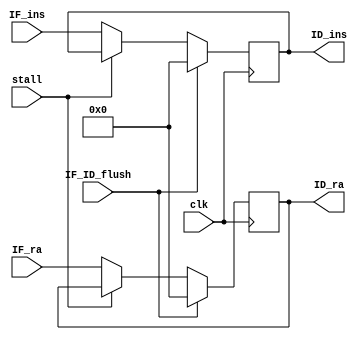
`ifndef MODULE_IF_ID
`define MODULE_IF_ID
`timescale 1ns / 1ps

module IF_ID (
    input               clk,
                        stall,
                        IF_ID_flush,
    input       [31:0]  IF_ra,
                        IF_ins,
    output reg  [31:0]  ID_ra,
                        ID_ins
);

    initial begin
        ID_ra = 32'b0;
        ID_ins = 32'b0;
    end

    always @ (posedge clk) begin
        if (IF_ID_flush) begin
            ID_ra <= 32'b0;
            ID_ins <= 32'b0;
        end else if (!stall) begin
            ID_ra <= IF_ra;
            ID_ins <= IF_ins;
        end
    end

endmodule // IF_ID


`endif // MODULE_IF_ID